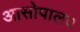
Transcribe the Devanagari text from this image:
आसोपालव